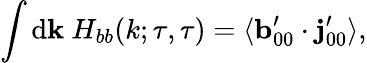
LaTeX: \int\mathrm{d}{\mathbf{{k}}}\ H_{bb}(k;\tau,\tau)=\langle{{\mathbf{{b}}}_{00}^{\prime}\cdot{\mathbf{{j}}}_{00}^{\prime}}\rangle,